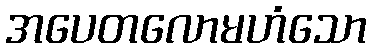
အပေတလောမဟံသော